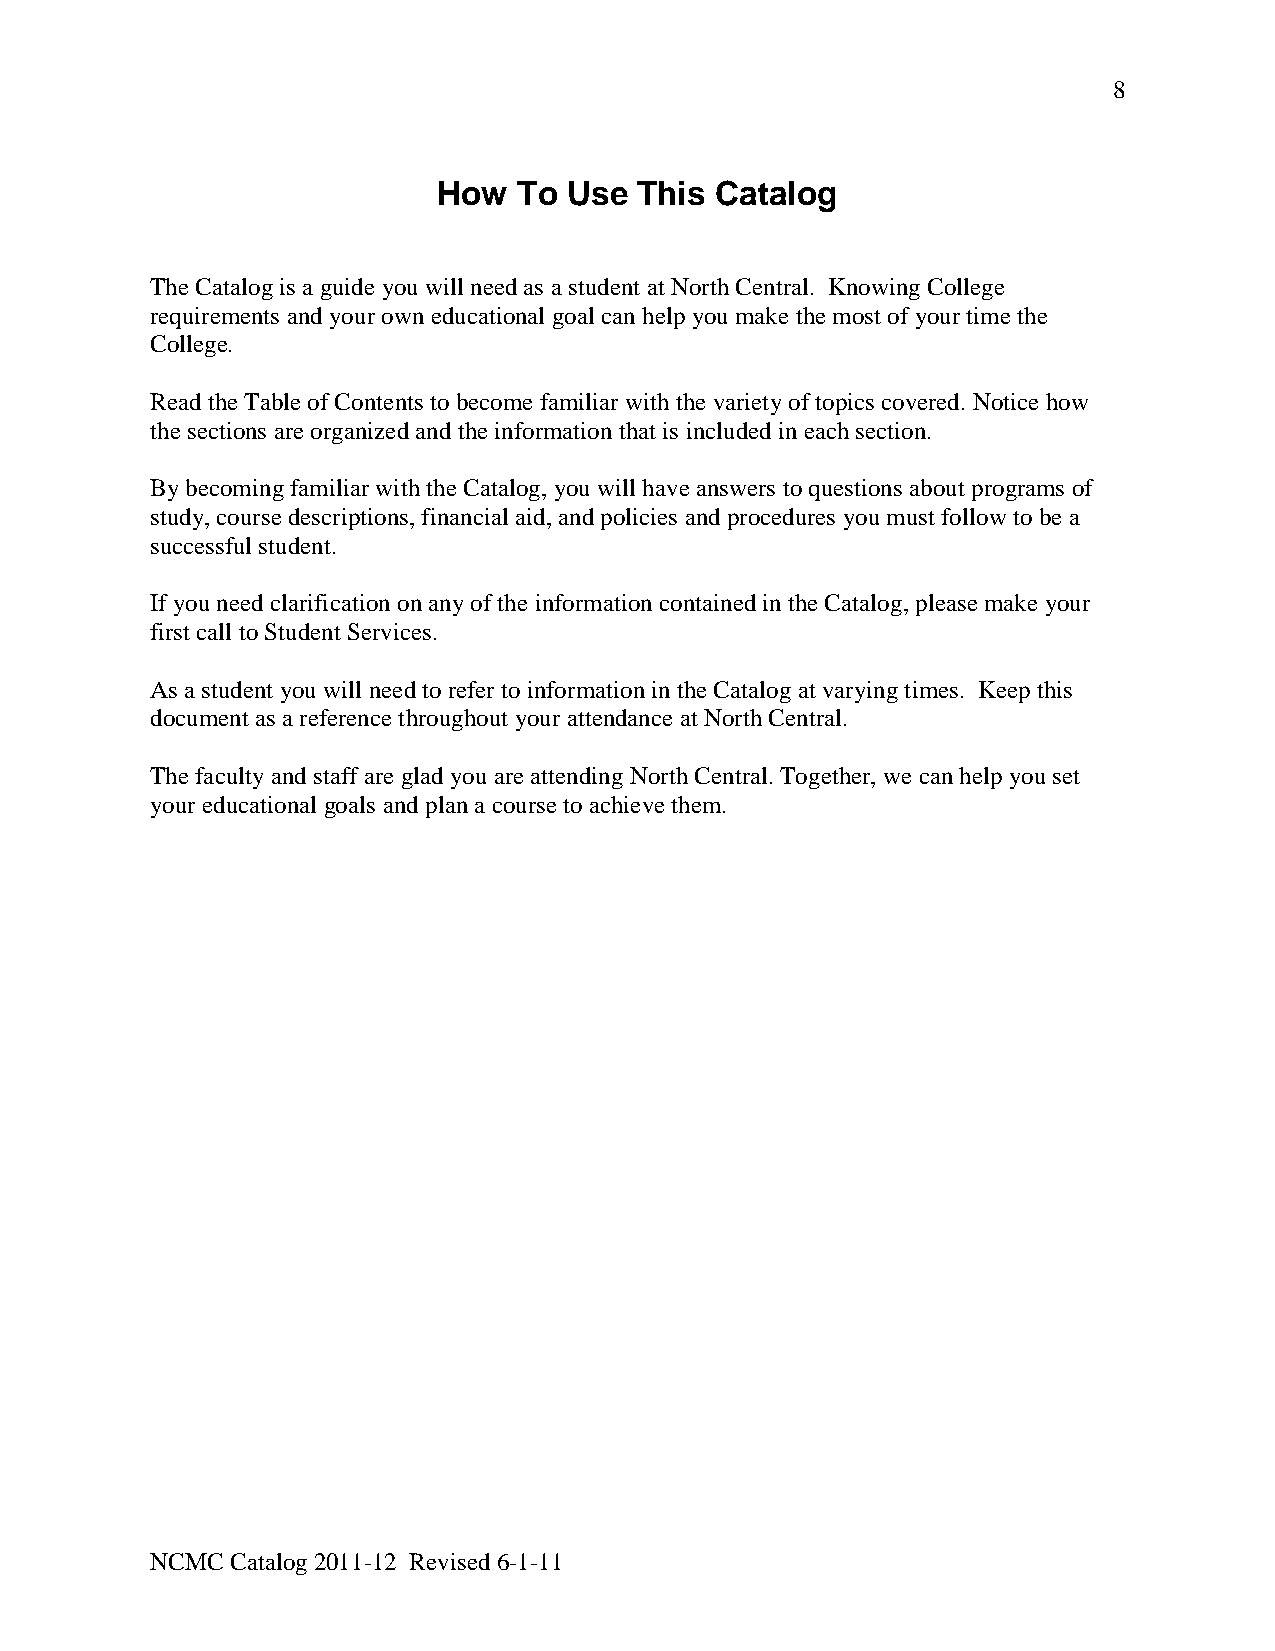
8
 How  To  Use This Catalog
 The Catalog is a guide you will need as a student at North Central. Knowing College
 requirements and your own educational goal can help you make the most of your time the
 College.
 Read the Table of Contents to become familiar with the variety of topics covered. Notice how
 the sections are organized and the information that is included in each section.
 By becoming familiar with the Catalog, you will have answers to questions about programs of
 study, course descriptions, financial aid, and policies and procedures you must follow to be a
 successful student.
 If you need clarification on any of the information contained in the Catalog, please make your
 first call to Student Services.
 As a student you will need to refer to information in the Catalog at varying times. Keep this
 document as a reference throughout your attendance at North Central.
 The faculty and staff are glad you are attending North Central. Together, we can help you set
 your educational goals and plan a course to achieve them.
 NCMC Catalog 2011-12 Revised 6-1-11